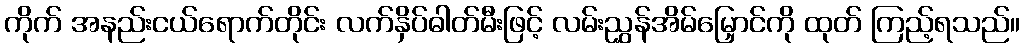
ကိုက် အနည်းငယ်ရောက်တိုင်း လက်နှိပ်ဓါတ်မီးဖြင့် လမ်းညွှန်အိမ်မြှောင်ကို ထုတ် ကြည့်ရသည်။